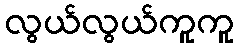
လွယ်လွယ်ကူကူ